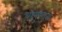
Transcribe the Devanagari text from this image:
वायुसावा